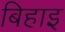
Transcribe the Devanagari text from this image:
बिहाइ